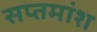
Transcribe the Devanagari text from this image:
सप्तमांश